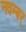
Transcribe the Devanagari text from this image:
नवम्बर्